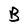
Character: B